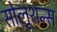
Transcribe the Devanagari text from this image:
सोलूशन्स